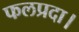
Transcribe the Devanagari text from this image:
फलप्रदा।